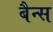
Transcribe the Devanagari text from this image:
बैन्स